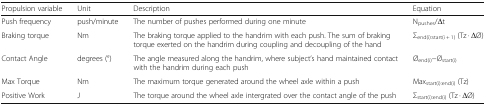
| Propulsion variable | Unit | Description | Equation |
 | --- | --- | --- | --- |
 | Push frequency | push/minute | The number of pushes performed during one minute | Npushes/Δt |
 | Braking torque | Nm | The braking torque applied to the handrim with each push. The sum of braking torque exerted on the handrim during coupling and decoupling of the hand | Σend(i):start(i + 1) (Tz · ΔØ) |
 | Contact Angle | degrees (°) | The angle measured along the handrim, where subject’s hand maintained contact with the handrim during each push | Øend(i)−Østart(i) |
 | Max Torque | Nm | The maximum torque generated around the wheel axle within a push | Maxstart(i):end(i) (Tz) |
 | Positive Work | J | The torque around the wheel axle intergrated over the contact angle of the push | Σstart(i):end(i) (Tz · ΔØ) |